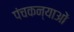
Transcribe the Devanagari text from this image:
पंचकन्याओं